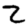
Digit: 2